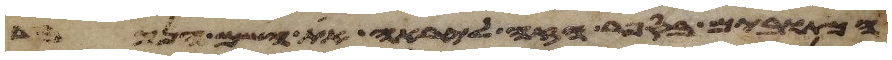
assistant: הכתובים בספר הזה ליראה את השם הנכבד